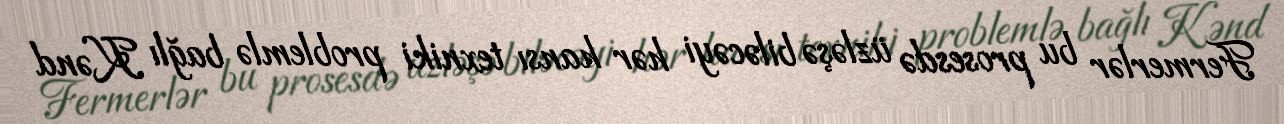
Fermerlər bu prosesdə üzləşə biləcəyi hər hansı texniki problemlə bağlı Kənd